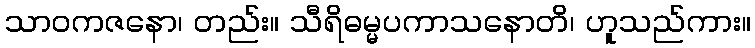
သာဝကဇနော၊ တည်း။ သီရိဓမ္မပကာသနောတိ၊ ဟူသည်ကား။